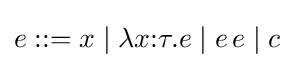
e::=x\mid \lambda x{\mathbin {:}}\tau .e\mid e\,e\mid c